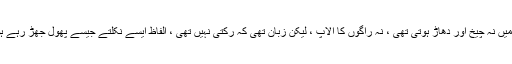
اس میں نہ چیخ اور دھاڑ ہوتی تھی ، نہ راگوں کا الاپ ، لیکن زبان تھی کہ رکتی نہیں تھی ، الفاظ ایسے نکلتے جیسے پھول جھڑ رہے ہوں ۔